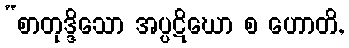
“စာတုဒ္ဒိသော အပ္ပဋိဃော စ ဟောတိ,